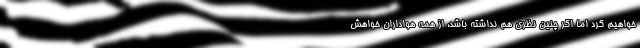
خواهیم کرد اما اگر چنین نظری هم نداشته باشد، از همه هواداران خواهش